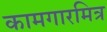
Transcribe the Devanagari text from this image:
कामगारमित्र